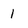
Character: 1